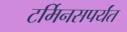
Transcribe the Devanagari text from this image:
टर्मिनसपर्यंत